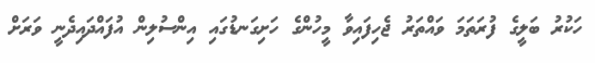
ހަކުރު ބަލީގެ ފުރަތަމަ ވައްތަރު ޖެހިފައިވާ މީހުންގެ ހަށިގަނޑުގައި އިންސުލިން އުފައްދައިދެނީ ވަރަށް